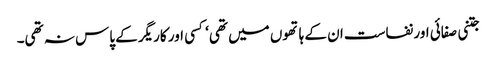
جتنی صفائی اور نفاست ان کے ہاتھوں میں تھی‘ کسی اور کاریگر کے پاس نہ تھی۔